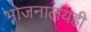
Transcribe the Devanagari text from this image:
भोजनालयही